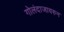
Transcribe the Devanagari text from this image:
गोलंदाजावरुन